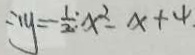
\therefore y = \frac { 1 } { 2 } x ^ { 2 } - x + 4